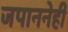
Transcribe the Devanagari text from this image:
जपाननेही